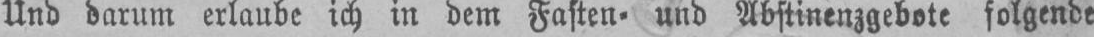
Und darum erlaube ich in dem Fasten⸗ und Abstinenzgebote folgende